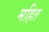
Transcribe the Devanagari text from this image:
महित